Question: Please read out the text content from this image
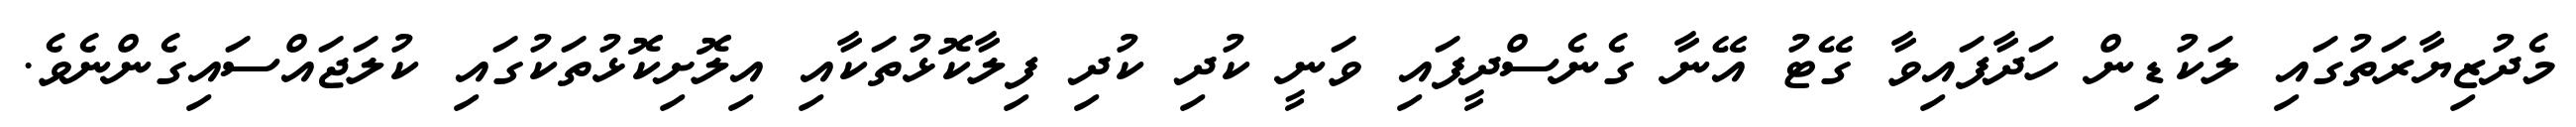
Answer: މެދުޒިޔާރަތުގައި ލަކުޑިން ހަދާފައިވާ ގޭޓު އޭނާ ގެނެސްދީފައި ވަނީ ކުދި ކުދި ފިލާކޮޅުތަކާއި އިލޮށިކޮޅުތަކުގައި ކުލަޖައްސައިގެންނެވެ.